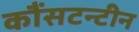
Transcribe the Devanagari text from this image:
कौंसटन्टीन